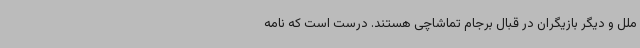
ملل و دیگر بازیگران در قبال برجام تماشاچی هستند. درست است که نامه